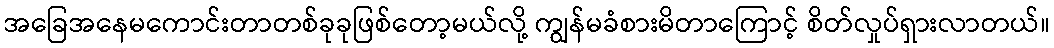
အခြေအနေမကောင်းတာတစ်ခုခုဖြစ်တော့မယ်လို့ ကျွန်မခံစားမိတာကြောင့် စိတ်လှုပ်ရှားလာတယ်။